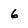
Character: 6